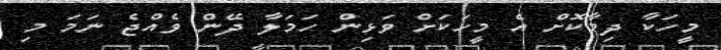
މީހަކާ ދިމާކޮށް އެ މީހަކަށް ވަޅިން ހަމަލާ ދޭން ވެއްޖެ ނަމަ މި